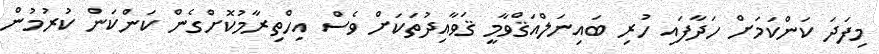
މިފަދަ ކަންކަމަށް ހަދާފައި ހުރި ބައިނަލްއަޤްވާމީ ޤަވާއިދުތަކަށް ވެސް އިހްތިރާމުކޮށްގެން ކަންކަން ކުރުމުން